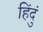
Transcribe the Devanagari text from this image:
हिंदुं